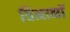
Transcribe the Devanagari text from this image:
विमानॉ